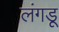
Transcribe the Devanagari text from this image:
लंगडू